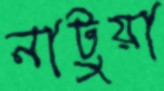
নাটুয়া